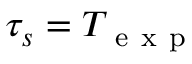
\tau _ { s } = T _ { \mathrm { ~ e ~ x ~ p ~ } }